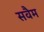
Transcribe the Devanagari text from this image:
सवैम